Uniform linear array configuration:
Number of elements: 4
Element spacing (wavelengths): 0.5
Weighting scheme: cosine
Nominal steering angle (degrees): -15
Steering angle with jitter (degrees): -13.084
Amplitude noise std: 0.05
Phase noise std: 0.05

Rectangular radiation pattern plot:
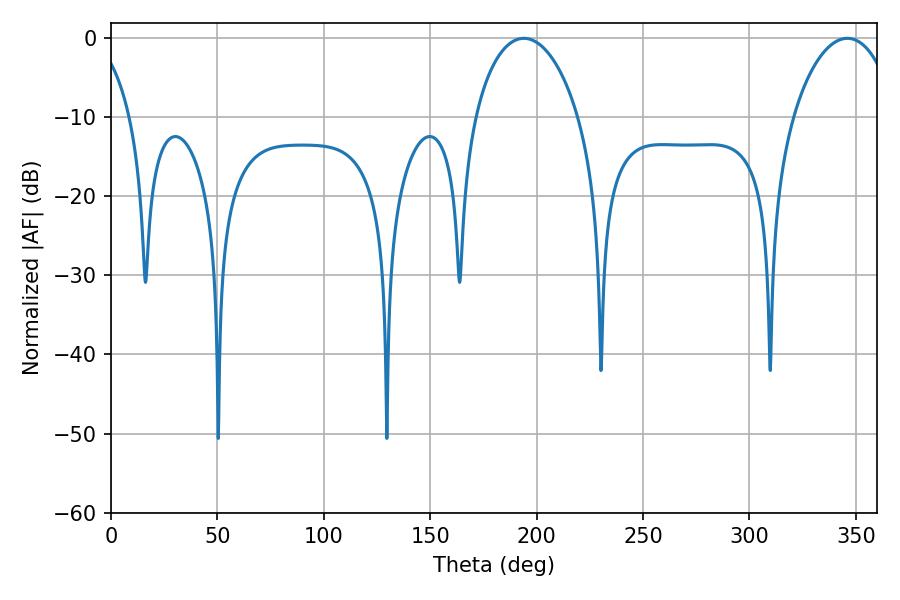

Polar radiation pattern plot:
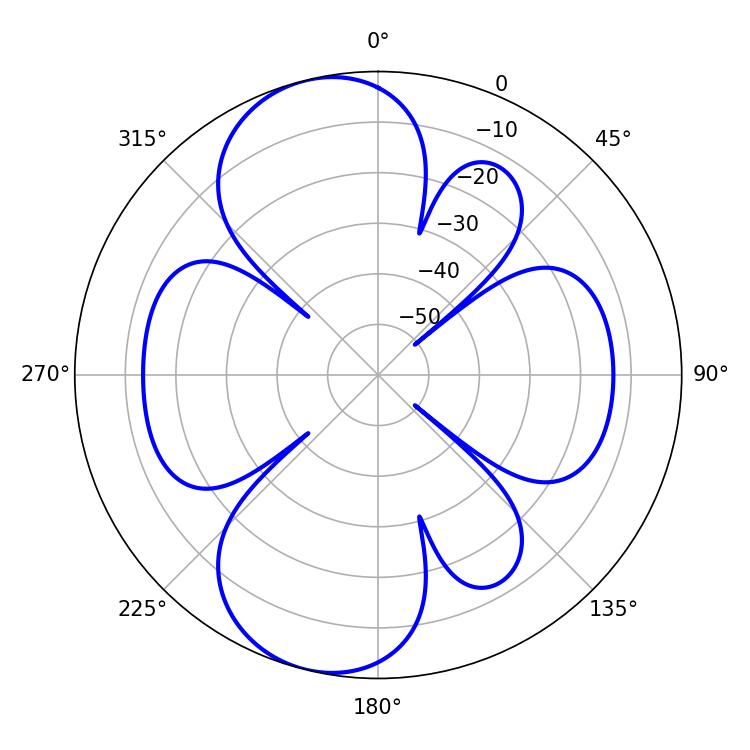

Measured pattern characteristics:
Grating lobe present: FALSE
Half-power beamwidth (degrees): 27.9
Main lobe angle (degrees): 194.04